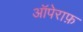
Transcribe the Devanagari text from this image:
ऑपेराफ़